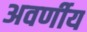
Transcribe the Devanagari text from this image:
अवर्णीय